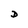
Character: D